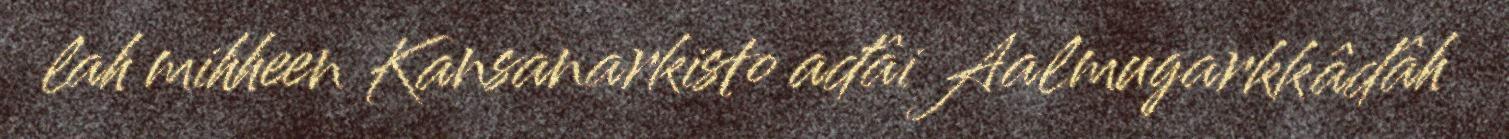
lah mihheen Kansanarkisto ađâi Aalmugarkkâdâh